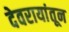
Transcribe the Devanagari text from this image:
देवरायांतून